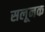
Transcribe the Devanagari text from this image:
सलूनक